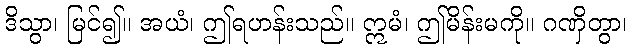
ဒိသွာ၊ မြင်၍။ အယံ၊ ဤရဟန်းသည်။ ဣမံ၊ ဤမိန်းမကို။ ဂဏှိတွာ၊